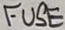
Text: FUSE